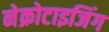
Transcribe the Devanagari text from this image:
नेक्रोटाइजिंग